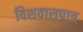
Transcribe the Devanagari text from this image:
विशवासपात्र